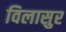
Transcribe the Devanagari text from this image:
विलासुर